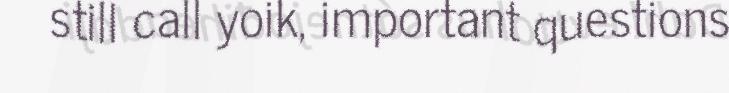
still call yoik, important questions